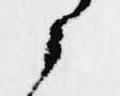
候